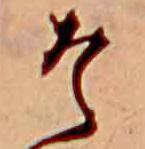
そ